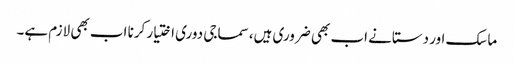
ماسک اور دستانے اب بھی ضروری ہیں، سماجی دوری اختیار کرنا اب بھی لازم ہے۔